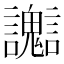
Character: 𧮊